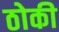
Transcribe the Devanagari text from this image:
ठोकी